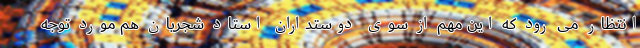
انتظار می رود که این مهم از سوی دوستداران استاد شجریان هم مورد توجه